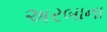
અરબાના